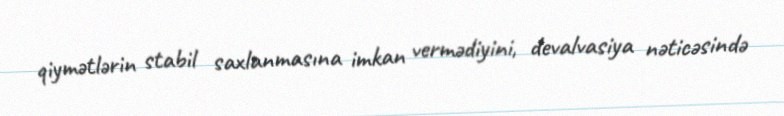
qiymətlərin stabil saxlanmasına imkan vermədiyini, devalvasiya nəticəsində